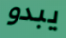
يبدو